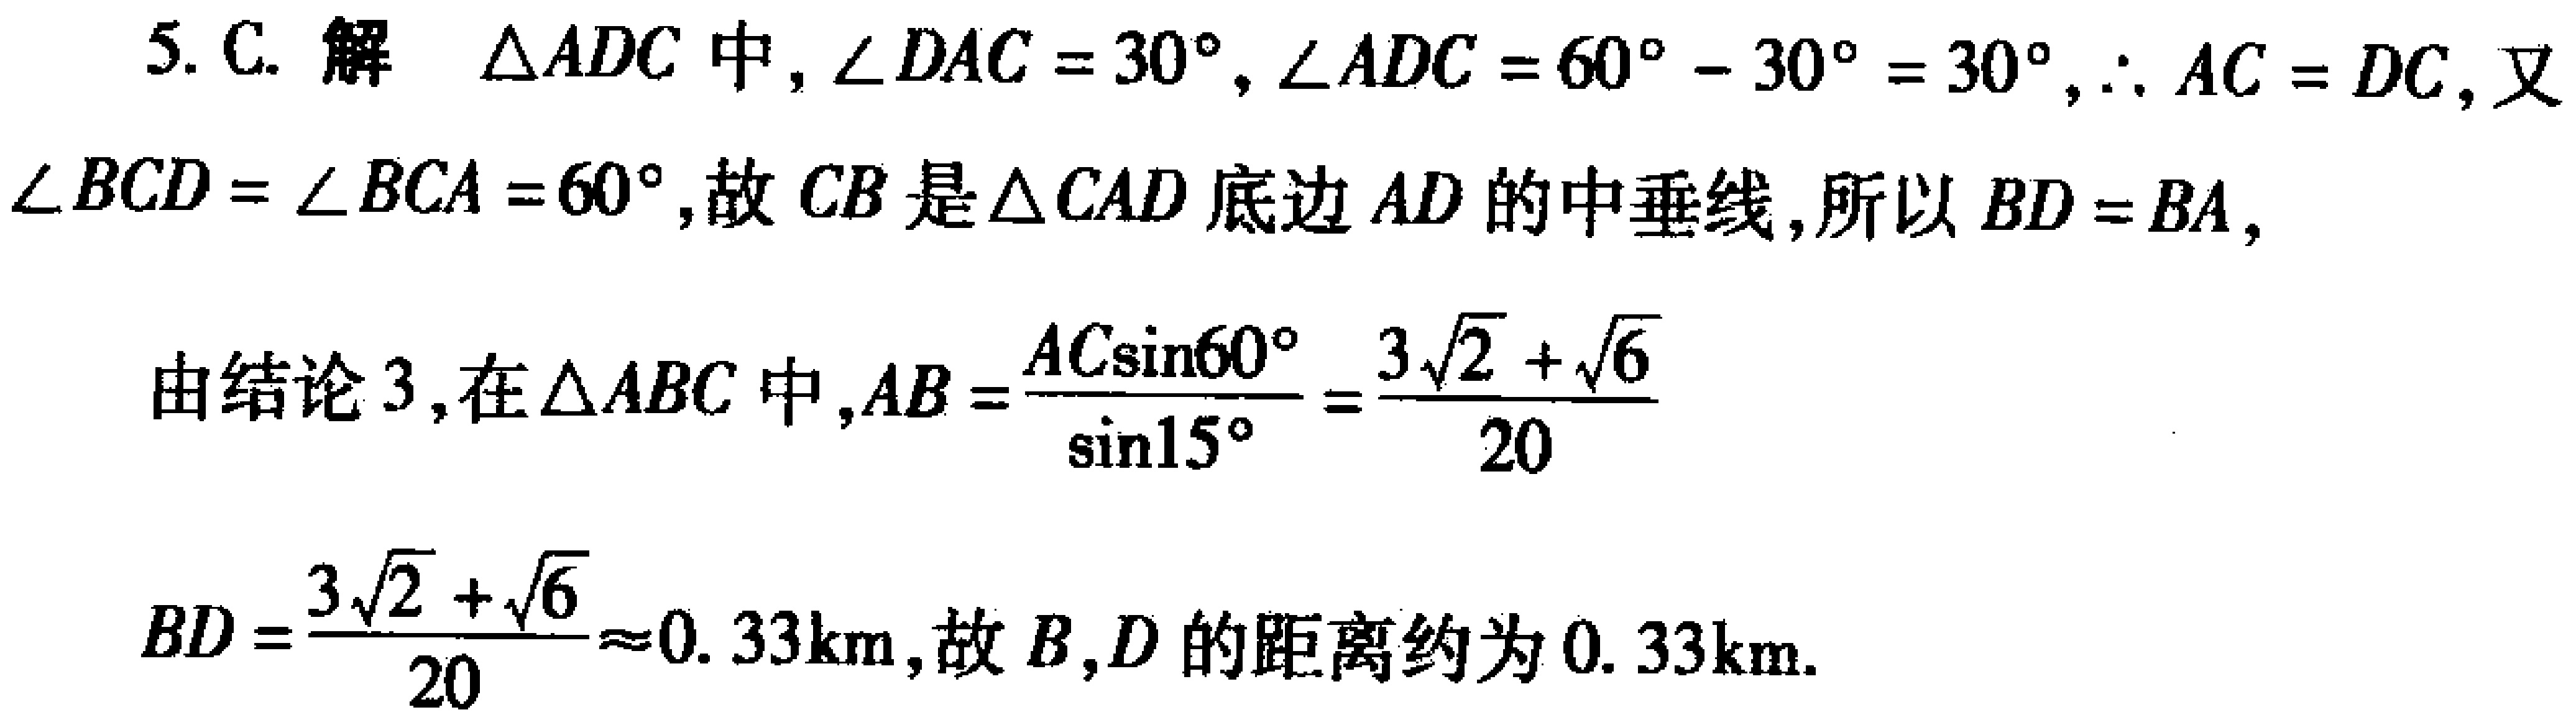
5. C. 解 $\triangle ADC$ 中，$\angle DAC = 30^{\circ}, \angle ADC = 60^{\circ} - 30^{\circ} = 30^{\circ}, \therefore AC = DC$, 又 $\angle BCD = \angle BCA = 60^{\circ}$, 故 $CB$ 是 $\triangle CAD$ 底边 $AD$ 的中垂线, 所以 $BD = BA$,
由结论 3, 在 $\triangle ABC$ 中, $AB = \frac{AC\sin60^{\circ}}{\sin15^{\circ}} = \frac{3\sqrt{2} + \sqrt{6}}{20}$
$BD = \frac{3\sqrt{2} + \sqrt{6}}{20} \approx 0.33\text{km}$, 故 $B,D$ 的距离约为 $0.33\text{km}$.